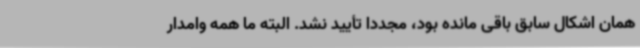
همان اشکال سابق باقی مانده بود، مجدداً تأیید نشد. البته ما همه وامدار